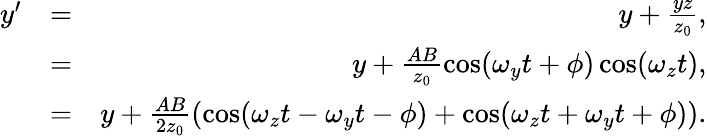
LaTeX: \begin{array}{rlr}{y^{\prime}}&{=}&{y+\frac{yz}{z_{0}},}\\ &{=}&{y+\frac{AB}{z_{0}}\cos(\omega_{y}t+\phi)\cos(\omega_{z}t),}\\ &{=}&{y+\frac{AB}{2z_{0}}\left(\cos(\omega_{z}t-\omega_{y}t-\phi)+\cos(\omega_{z}t+\omega_{y}t+\phi)\right).}\end{array}